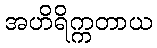
အဟိရိက္ကတာယ